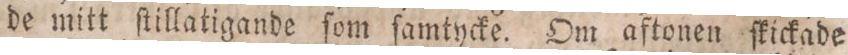
de mitt ſtillatigande ſom ſamtycke. Om aftonen ſkickade